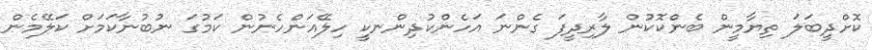
ކޮށްދީބަލަ ތިޔާމީން ބެންކޮކުން ލާރިދީފަ ގެންނަ އަހެންކުދިންނކީ ހިލޭއަންހެނުން ކަމުގަ ނުބުނާކަމަށް ކަލޭމެން